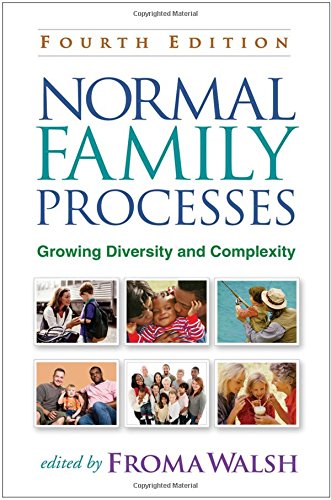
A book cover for Normal Family Processes: Growing Diversity and Complexity, 4th Edition; Christian Books & Bibles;